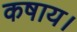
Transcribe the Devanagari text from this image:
कषाय।